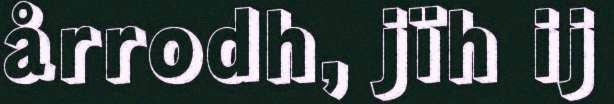
årrodh, jïh ij